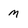
Character: m